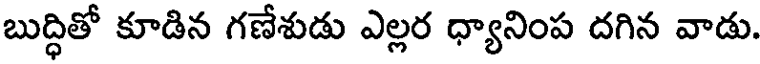
బుద్ధితో కూడిన గణేశుడు ఎల్లర ధ్యానింప దగిన వాడు.